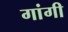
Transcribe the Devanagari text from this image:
गांगी